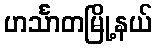
ဟင်္သာတမြို့နယ်